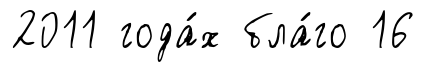
2011 года́х бла́го 16